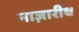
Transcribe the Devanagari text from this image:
नाज़ारीथ